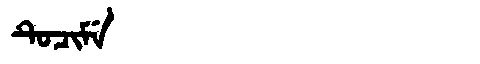
Manchu: ᡨᡠᠴᡳᠮᡝ
Romanization: TUCIME